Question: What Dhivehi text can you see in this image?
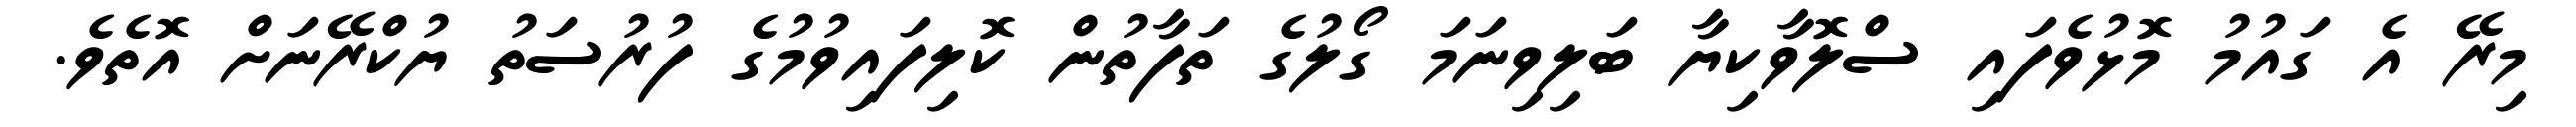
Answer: މިރޭ އެ ގައުމު މޮޅުވެފައި ސްލޮވާކިޔާ ބަލިވިނަމަ ގޯލުގެ ތަފާތުން ކޮލިފައިވުމުގެ ފުރުސަތު ޔުކްރޭނަށް އޮތެވެ.